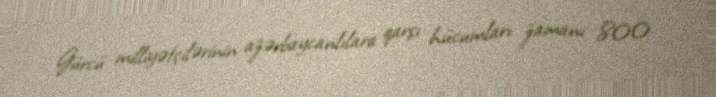
Gürcü milliyətçilərinin azərbaycanlılara qarşı hücumları zamanı 800